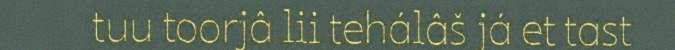
tuu toorjâ lii tehálâš já et tast